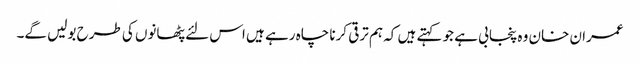
عمران خان وہ پنجابی ہے جو کہتے ہیں کہ ہم ترقی کرنا چاہ رہے ہیں اس لئے پٹھانوں کی طرح بولیں گے۔